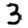
Digit: 3